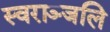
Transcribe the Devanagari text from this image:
स्वराञ्जलि